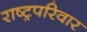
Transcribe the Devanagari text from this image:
राष्ट्रपरिवार